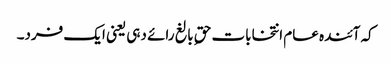
کہ آئندہ عام انتخابات حقِ بالغ رائے دہی یعنی ایک فرد۔